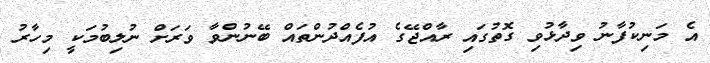
އެ މަނިކުފާނު ވިދާޅުވި ގޮތުގައި ރާއްޖޭގެ އުފެއްދުންތައް ބޭނުންވާ ވަރަށް ނުލިބުމަކީ މިހާރު